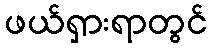
ဖယ်ရှားရာတွင်